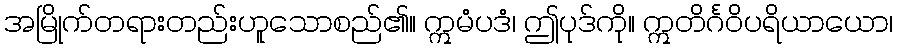
အမြိုက်တရားတည်းဟူသောစည်၏။ ဣမံပဒံ၊ ဤပုဒ်ကို။ ဣတိင်္ဂဝိပရိယာယော၊